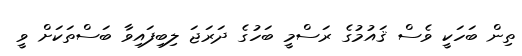
ތިން ބަހަކީ ވެސް ޤައުމުގެ ރަސްމީ ބަހުގެ ދަރަޖަ ލިބިފައިވާ ބަސްތަކަށް ވީ